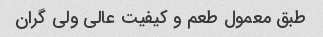
طبق معمول طعم و کیفیت عالی ولی گران